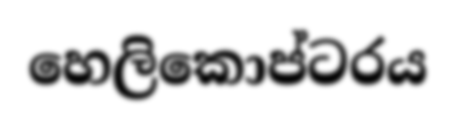
හෙලිකොප්ටරය